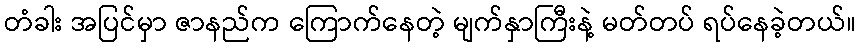
တံခါး အပြင်မှာ ဇာနည်က ကြောက်နေတဲ့ မျက်နှာကြီးနဲ့ မတ်တပ် ရပ်နေခဲ့တယ်။